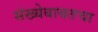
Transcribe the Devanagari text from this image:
संख्येबाबतचा